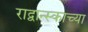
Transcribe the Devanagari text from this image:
राद्वान्स्काच्या